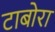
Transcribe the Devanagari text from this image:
टाबोरा